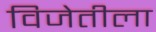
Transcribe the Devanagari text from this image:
विजेतीला